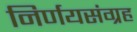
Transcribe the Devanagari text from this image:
निर्णयसंग्रह